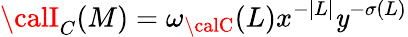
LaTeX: {\calI_{C}}(M)=\omega_{\calC}(L)x^{-|L|}\mathit{y}^{-\sigma(L)}